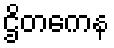
ဌိတကေန